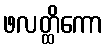
ဖလတ္ထိကော